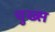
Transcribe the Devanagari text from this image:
चुख्स